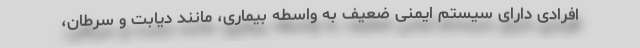
افرادی دارای سیستم ایمنی ضعیف به واسطه بیماری، مانند دیابت و سرطان،